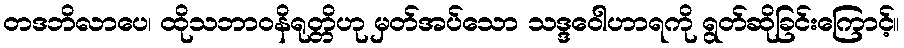
တဒဘိလာပေ၊ ထိုသဘာဝနိရုတ္တိဟု မှတ်အပ်သော သဒ္ဒဝေါဟာရကို ရွတ်ဆိုခြင်းကြောင့်။